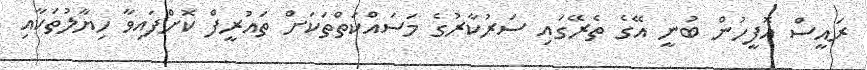
ރައީސް އޮފީހުން ބުނީ އޭގެ ތެރޭގައި ސަރުކާރުގެ މަސައްކަތްތަކަށް ތައުރީފް ކޮށްފައިވާ ހިޔާލުތަކާއި